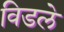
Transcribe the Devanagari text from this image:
विडले